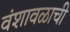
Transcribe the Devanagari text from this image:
वंशावळाची